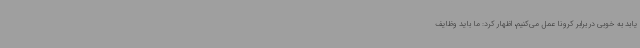
یابد به خوبی در برابر کرونا عمل می‌کنیم، اظهار کرد: ما باید وظایف